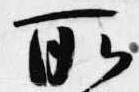
所